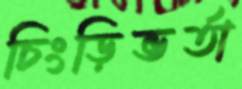
চিংড়িভর্তা